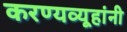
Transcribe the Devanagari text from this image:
करण्यव्यूहांनी